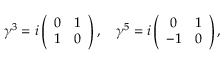
\gamma ^ { 3 } = i \left( \begin{array} { c c } { { 0 } } & { { 1 } } \\ { { 1 } } & { { 0 } } \end{array} \right) , \quad \gamma ^ { 5 } = i \left( \begin{array} { c c } { { 0 } } & { { 1 } } \\ { { - 1 } } & { { 0 } } \end{array} \right) ,